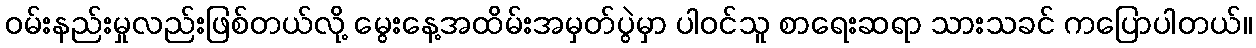
ဝမ်းနည်းမှုလည်းဖြစ်တယ်လို့ မွေးနေ့အထိမ်းအမှတ်ပွဲမှာ ပါဝင်သူ စာရေးဆရာ သားသခင် ကပြောပါတယ်။